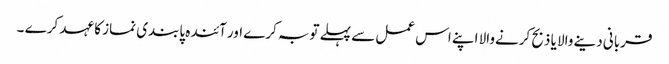
قربانی دینے والا یا ذبح کرنےوالا اپنے اس عمل سے پہلے توبہ کرے اور آئندہ پابندی نماز کا عہد کرے ۔